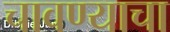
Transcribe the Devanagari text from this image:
चावण्याचा